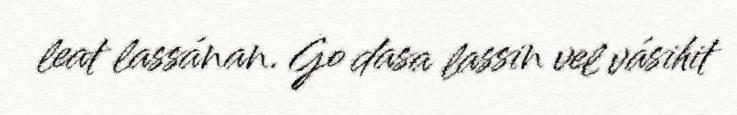
leat lassánan. Go dasa lassin vel vásihit